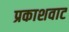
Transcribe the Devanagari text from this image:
प्रकाशवाट